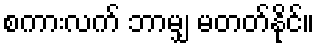
စကားလက် ဘာမျှ မတတ်နိုင်။